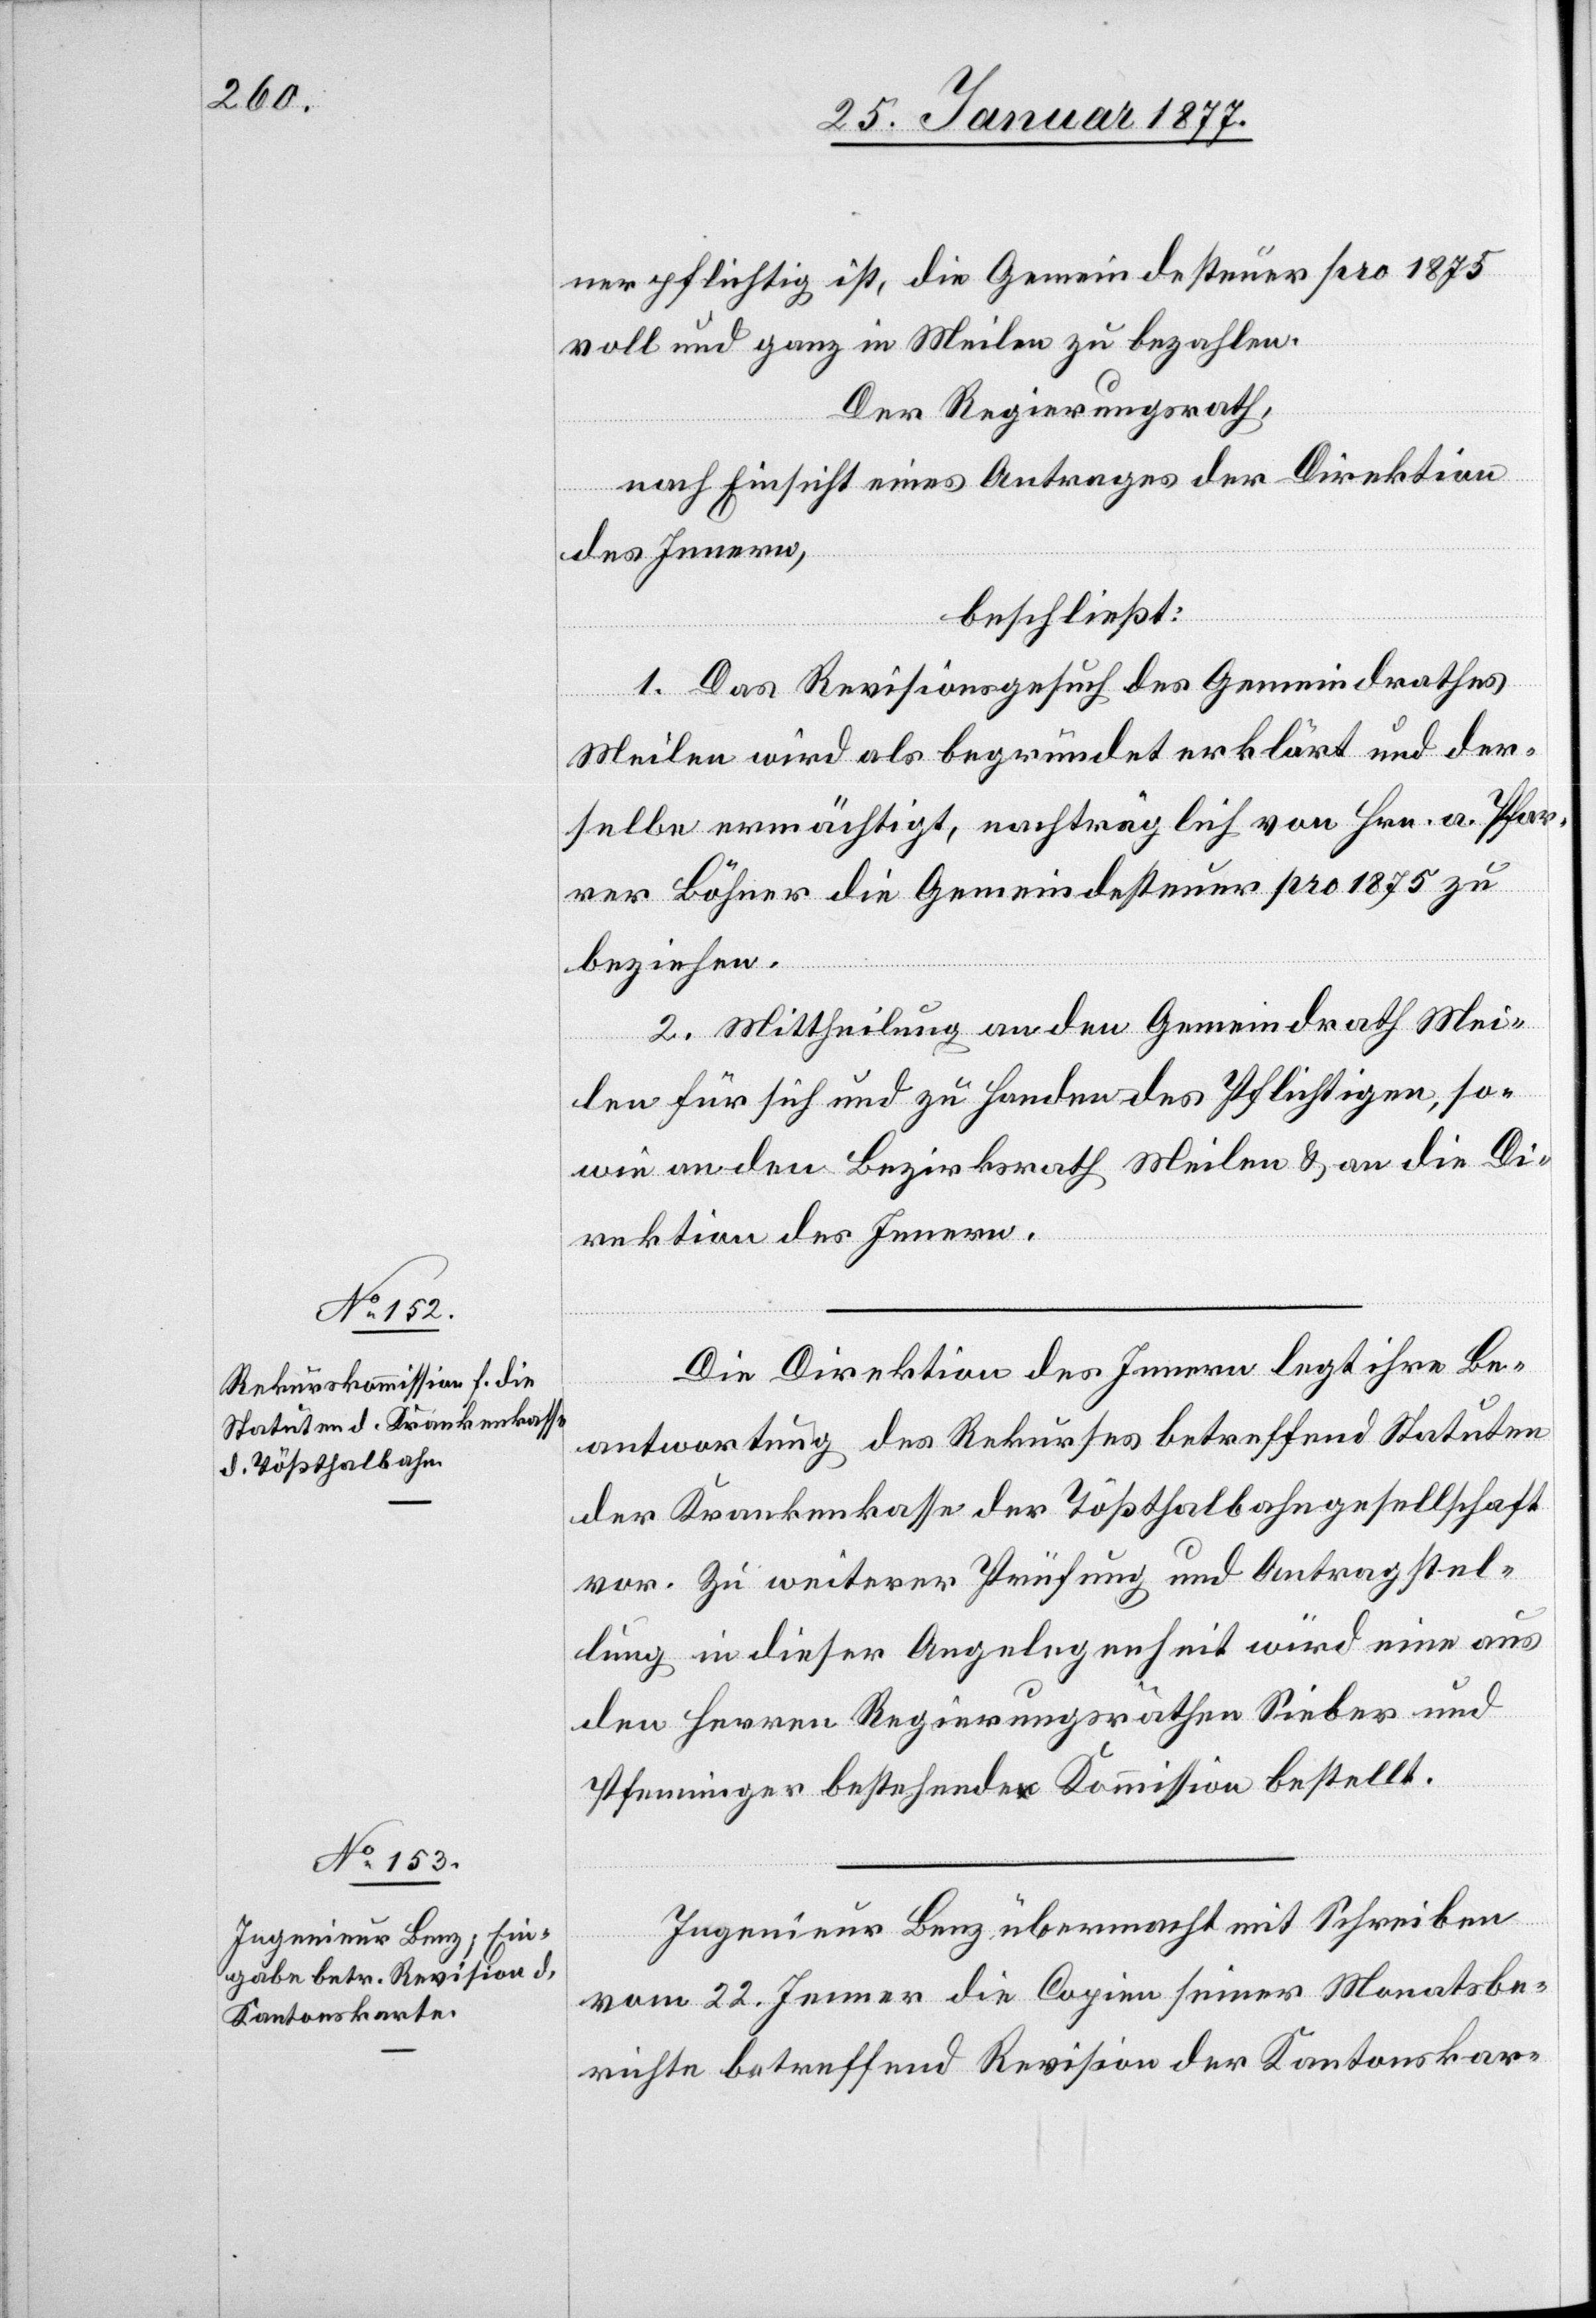
ner pflichtig ist, die Gemeindesteuer pro 1875
voll und ganz in Meilen zu bezahlen.
Der Regierungsrath,
nach Einsicht eines Antrages der Direktion
des Innern,
beschließt:
1. Das Revisionsgesuch des Gemeindrathes
Meilen wird als begründet erklärt und der¬
selbe ermächtigt, nachträglich von Hrn. a. Pfar¬
rer Böhner die Gemeindesteuer pro 1875 zu
beziehen.
2. Mittheilung an den Gemeindrath Mei¬
len für sich und zu Handen des Pflichtigen, so¬
wie an den Bezirksrath Meilen & an die Di¬
rektion des Innern.
Die Direktion des Innern legt ihre Be¬
antwortung des Rekurses betreffend Statuten
der Krankenkasse der Tößthalbahngesellschaft
vor. Zu weiterer Prüfung und Antragstel¬
lung in dieser Angelegenheit wird eine aus
den Herren Regierungsräthen Sieber und
Pfenninger bestehende Kommission bestellt.
Ingenieur Benz übermacht mit Schreiben
vom 22. Jenner die Copien seiner Monatsbe¬
richte betreffend Revision der Kantonskar-